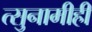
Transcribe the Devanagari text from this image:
त्सुनामीही